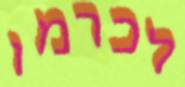
לכרמו